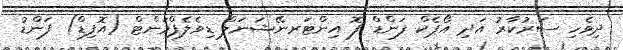
ދިވެހި ސަރުކާރު އަދި އޯޕެކް ފަންޑް ފޮ އިންޓަރނޭޝަނަލް ޑިވެލެޕްމަންޓް (އޮފިޑް) ފަންޑު